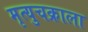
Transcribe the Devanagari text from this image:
मृत्युचक्राला